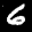
Label: 6